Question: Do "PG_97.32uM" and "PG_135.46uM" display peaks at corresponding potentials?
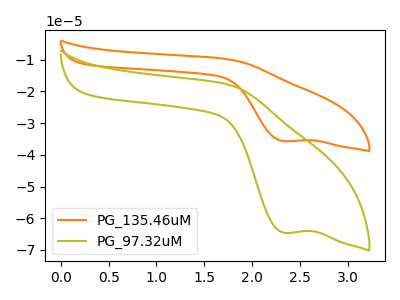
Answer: <think>The orange curve "PG_135.46uM" has a cathodic peak at: (2.35V, -35.70uA). The olive curve "PG_97.32uM" has a cathodic peak at: (2.35V, -64.60uA).</think>
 <answer>Yes, "PG_97.32uM" have a peak in "PG_135.46uM" at the same potential.</answer>
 <eval>match</eval>